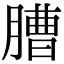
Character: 䐬